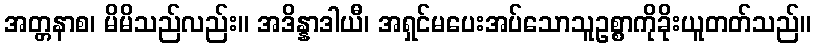
အတ္တနာစ၊ မိမိသည်လည်း။ အဒိန္နာဒါယီ၊ အရှင်မပေးအပ်သောသူဥစ္စာကိုခိုးယူတတ်သည်။